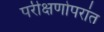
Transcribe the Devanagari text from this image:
परीक्षणोपरांत